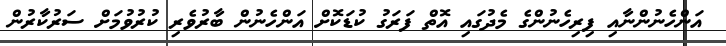
އަންހެނުންނާއި ފިރިހެނުންގެ މެދުގައި އޮތް ފަރަގު ކުޑަކޮށް އަންހެނުން ބާރުވެރި ކުރުވުމަށް ސަރުކާރުން